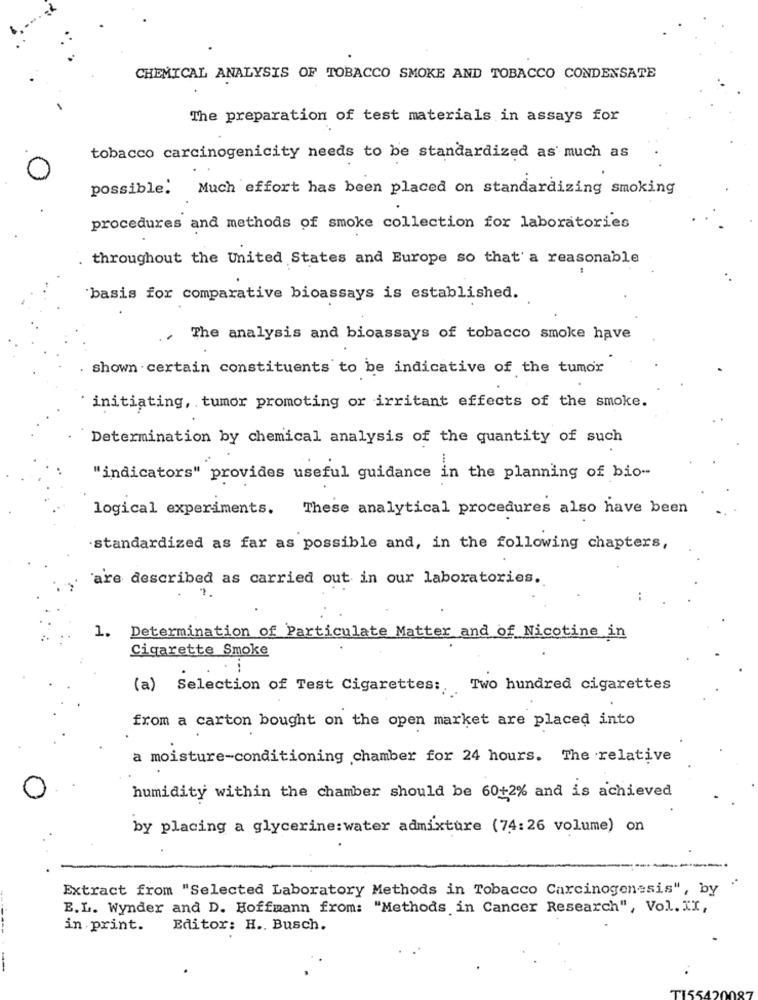
CHEMICAL ANALYSIS OF TOBACCO SMOKE AND TOBACCO CONDENSATE
The preparation of test materials in assays for
tobacco carcinogenicity needs to be standardized as much as
possible. Much effort has been placed on standardizing smoking
procedures and methods of smoke collection for laboratories
throughout the United States and Europe so that a reasonable
'basis for comparative bioassays is established.
The analysis and bioassays of tobacco smoke have
shown . certain constituents to be indicative of the tumor
initiating, tumor promoting or irritant effects of the smoke.
Determination by chemical analysis of the quantity of such
"indicators" provides useful guidance in the planning of bio-
logical experiments.
These analytical procedures also have been
standardized as far as possible and, in the following chapters,
'are described as carried out in our laboratories.
1. Determination of Particulate Matter and of Nicotine in
Cigarette Smoke
(a) Selection of Test Cigarettes: Two hundred cigarettes
from a carton bought on the open market are placed into
a moisture-conditioning chamber for 24 hours. The relative
humidity within the chamber should be 60+2% and is achieved
by placing a glycerine:water admixture (74:26 volume) on
Extract from "Selected Laboratory Methods in Tobacco Carcinogenesis", by
E.L. Wynder and D. Hoffmann from: "Methods in Cancer Research", Vol. II,
in print.
Editor: H .. Busch.